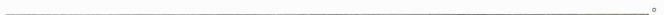
___。